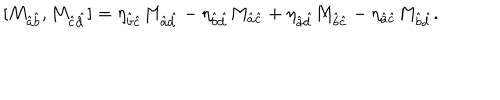
[ M _ { \hat { a } \hat { b } } , M _ { \hat { c } \hat { d } } ] = \eta _ { \hat { b } \hat { c } } M _ { \hat { a } \hat { d } } - \eta _ { \hat { b } \hat { d } } M _ { \hat { a } \hat { c } } + \eta _ { \hat { a } \hat { d } } M _ { \hat { b } \hat { c } } - \eta _ { \hat { a } \hat { c } } M _ { \hat { b } \hat { d } } .